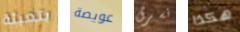
بتعبئة عويصة نسرق هكذا